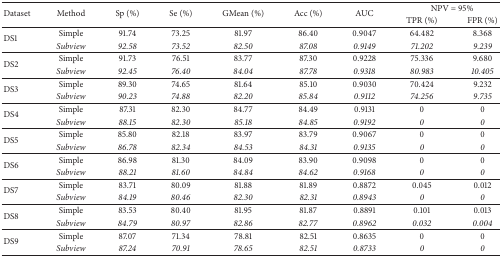
<table><thead><tr><td rowspan="2"><b>Dataset</b></td><td rowspan="2"><b>Method</b></td><td rowspan="2"><b>Sp (%)</b></td><td rowspan="2"><b>Se (%)</b></td><td rowspan="2"><b>GMean (%)</b></td><td rowspan="2"><b>Acc (%)</b></td><td rowspan="2"><b>AUC</b></td><td colspan="2"><b>NPV = 95%</b></td></tr><tr><td><b>TPR (%)</b></td><td><b>FPR (%)</b></td></tr></thead><tbody><tr><td rowspan="2">DS1</td><td>Simple</td><td>91.74</td><td>73.25</td><td>81.97</td><td>86.40</td><td>0.9047</td><td>64.482</td><td>8.368</td></tr><tr><td><i>Subview</i></td><td><i>92.58</i></td><td><i>73.52</i></td><td><i>82.50</i></td><td><i>87.08</i></td><td><i>0.9149</i></td><td><i>71.202</i></td><td><i>9.239</i></td></tr><tr><td rowspan="2">DS2</td><td>Simple</td><td>91.73</td><td>76.51</td><td>83.77</td><td>87.30</td><td>0.9228</td><td>75.336</td><td>9.680</td></tr><tr><td><i>Subview</i></td><td><i>92.45</i></td><td><i>76.40</i></td><td><i>84.04</i></td><td><i>87.78</i></td><td><i>0.9318</i></td><td><i>80.983</i></td><td><i>10.405</i></td></tr><tr><td rowspan="2">DS3</td><td>Simple</td><td>89.30</td><td>74.65</td><td>81.64</td><td>85.10</td><td>0.9030</td><td>70.424</td><td>9.232</td></tr><tr><td><i>Subview</i></td><td><i>90.23</i></td><td><i>74.88</i></td><td><i>82.20</i></td><td><i>85.84</i></td><td><i>0.9112</i></td><td><i>74.256</i></td><td><i>9.735</i></td></tr><tr><td rowspan="2">DS4</td><td>Simple</td><td>87.31</td><td>82.30</td><td>84.77</td><td>84.49</td><td>0.9131</td><td>0</td><td>0</td></tr><tr><td><i>Subview</i></td><td><i>88.15</i></td><td><i>82.30</i></td><td><i>85.18</i></td><td><i>84.85</i></td><td><i>0.9192</i></td><td><i>0</i></td><td><i>0</i></td></tr><tr><td rowspan="2">DS5</td><td>Simple</td><td>85.80</td><td>82.18</td><td>83.97</td><td>83.79</td><td>0.9067</td><td>0</td><td>0</td></tr><tr><td><i>Subview</i></td><td><i>86.78</i></td><td><i>82.34</i></td><td><i>84.53</i></td><td><i>84.31</i></td><td><i>0.9135</i></td><td><i>0</i></td><td><i>0</i></td></tr><tr><td rowspan="2">DS6</td><td>Simple</td><td>86.98</td><td>81.30</td><td>84.09</td><td>83.90</td><td>0.9098</td><td>0</td><td>0</td></tr><tr><td><i>Subview</i></td><td><i>88.21</i></td><td><i>81.60</i></td><td><i>84.84</i></td><td><i>84.62</i></td><td><i>0.9168</i></td><td><i>0</i></td><td><i>0</i></td></tr><tr><td rowspan="2">DS7</td><td>Simple</td><td>83.71</td><td>80.09</td><td>81.88</td><td>81.89</td><td>0.8872</td><td>0.045</td><td>0.012</td></tr><tr><td><i>Subview</i></td><td><i>84.19</i></td><td><i>80.46</i></td><td><i>82.30</i></td><td><i>82.31</i></td><td><i>0.8943</i></td><td><i>0</i></td><td><i>0</i></td></tr><tr><td rowspan="2">DS8</td><td>Simple</td><td>83.53</td><td>80.40</td><td>81.95</td><td>81.87</td><td>0.8891</td><td>0.101</td><td>0.013</td></tr><tr><td><i>Subview</i></td><td><i>84.79</i></td><td><i>80.97</i></td><td><i>82.86</i></td><td><i>82.77</i></td><td><i>0.8962</i></td><td><i>0.032</i></td><td><i>0.004</i></td></tr><tr><td rowspan="2">DS9</td><td>Simple</td><td>87.07</td><td>71.34</td><td>78.81</td><td>82.51</td><td>0.8635</td><td>0</td><td>0</td></tr><tr><td><i>Subview</i></td><td><i>87.24</i></td><td><i>70.91</i></td><td><i>78.65</i></td><td><i>82.51</i></td><td><i>0.8733</i></td><td><i>0</i></td><td><i>0</i></td></tr></tbody></table>